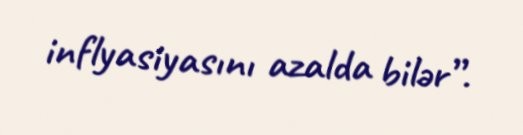
inflyasiyasını azalda bilər”.